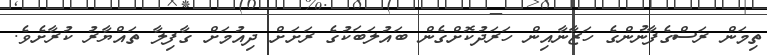
ތިމަން ރަސްގެފާނުންގެ ހަޒާނާއިން ހަރަދުކޮށްގެން ބައުލަބަކުގެ ރަށަށް ދިއުމަށް ގާފިލާ ތައްޔާރު ކުރާށެވެ.